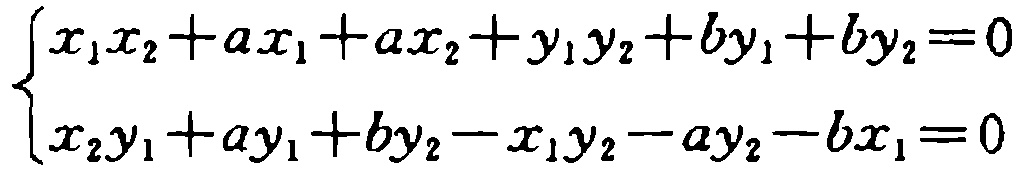
\[\begin{cases}
x_{1}x_{2}+ax_{1}+ax_{2}+y_{1}y_{2}+by_{1}+by_{2}=0\\
x_{2}y_{1}+ay_{1}+by_{2}-x_{1}y_{2}-ay_{2}-bx_{1}=0
\end{cases}\]